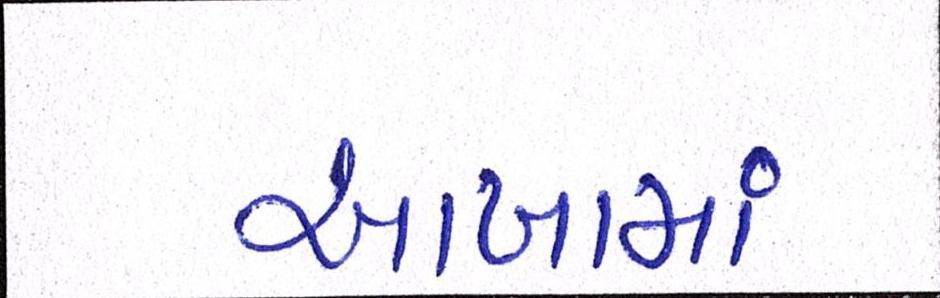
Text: આખામાં